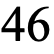
46